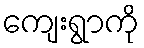
ကျေးရွာကို